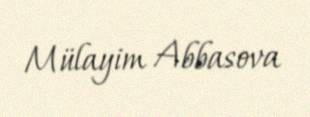
Mülayim Abbasova